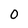
Character: 0